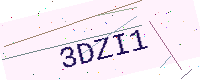
Text: 3DZI1